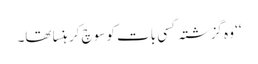
‘‘ وہ گزشتہ کسی بات کو سوچ کر ہنسا تھا۔